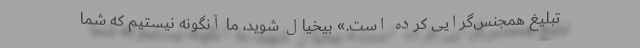
تبلیغ همجنس‌گرایی کرده است.» بیخیال شوید، ما آنگونه نیستیم که شما